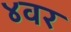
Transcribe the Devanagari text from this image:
४वर